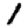
Digit: 1